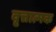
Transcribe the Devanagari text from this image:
वृत्तात्मक